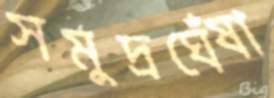
সমুদ্রঘেঁষা